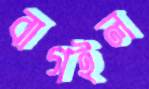
বাগইল